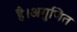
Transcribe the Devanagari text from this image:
है।अगुणित